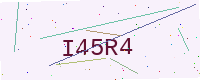
Text: I45R4